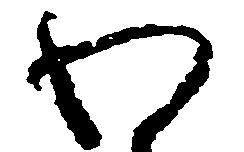
わ